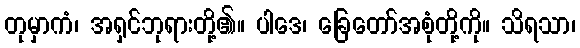
တုမှာကံ၊ အရှင်ဘုရားတို့၏။ ပါဒေ၊ ခြေတော်အစုံတို့ကို။ သိရသာ၊